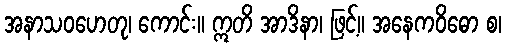
အနာသဝဟေတု၊ ကောင်း။ ဣတိ အာဒိနာ၊ ဖြင့်။ အနေကဝိဓော စ၊